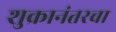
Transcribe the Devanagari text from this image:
शुक्रानंतरचा